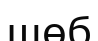
шөб